Report on lock hospitals in British Burma
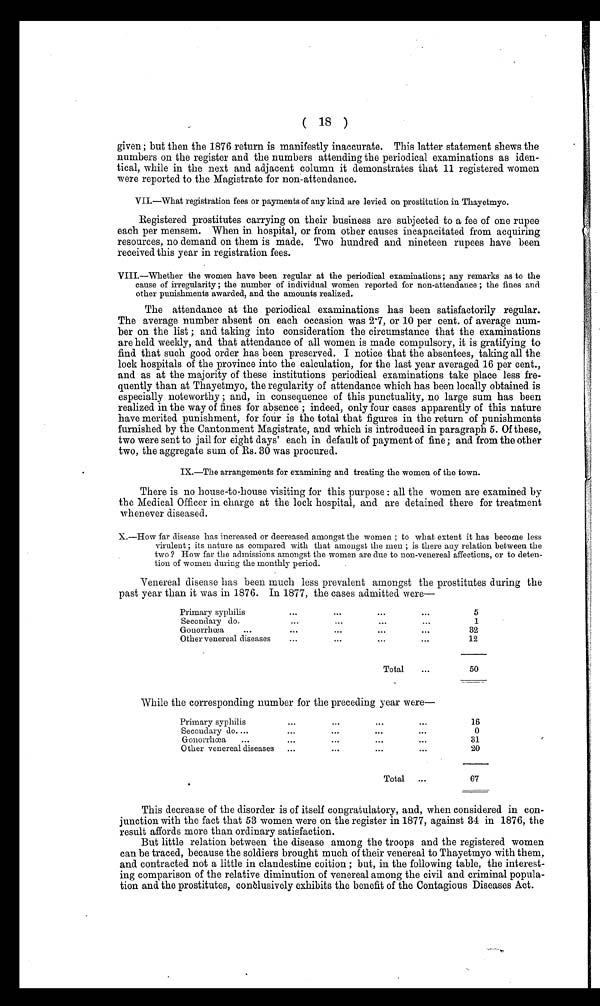
( 18 )
given ; but then the 1876 return is manifestly inaccurate. This latter statement shews the
numbers on the register and the numbers attending the periodical examinations as iden
tical, while in the next and adjacent column it demonstrates that 11 registered women
were reported to the Magistrate for non-attendance.
VII.—What registration fees or payments of any kind are levied on prostitution in Thayetmyo.
Registered prostitutes carrying on their business are subjected to a fee of one rupee
each per mensem. When in hospital, or from other causes incapacitated from acquiring
resources, no demand on them is made. Two hundred and nineteen rupees have been
received this year in registration fees.
VIII.—Whether the women have been regular at the periodical examinations ; any remarks as to the
cause of irregularity ; the number of individual women reported for non-attendance ; the fines and
other punishments awarded, and the amounts realized.
The attendance at the periodical examinations has been satisfactorily regular.
The average number absent on each occasion was 2.7, or 10 per cent. of average num
ber on the list ; and taking into consideration the circumstance that the examinations
are held weekly, and that attendance of all women is made compulsory, it is gratifying to
find that such good order has been preserved. I notice that the absentees, taking all the
lock hospitals of the province into the calculation, for the last year averaged 16 per cent.,
and as at the majority of these institutions periodical examinations take place less fre-
quently than at Thayetmyo, the regularity of attendance which has been locally obtained is
especially noteworthy ; and, in consequence of this punctuality, no large sum has been
realized in the way of fines for absence; indeed, only four cases apparently of this nature
have merited punishment, for four is the total that figures in the return of punishments
furnished by the Cantonment Magistrate, and which is introduced in paragraph 5. Of these,
two were sent to jail for eight days' each in default of payment of fine ; and from the other
two, the aggregate sum of Rs. 30 was procured.
IX.—The arrangements for examining and treating the women of the town.
There is no house-to-house visiting for this purpose : all the women are examined by
the Medical Officer in charge at the lock hospital, and are detained there for treatment
whenever diseased.
X.—How far disease has increased or decreased amongst the women ; to what extent it has become less
virulent • its nature as compared with that amongst the men ; is there any relation between the
two ? How far the admissions amongst the women are due to non-venereal affections, or to deten-
tion of women during the monthly period.
Venereal disease has been much less prevalent amongst the prostitutes during the
past year than it was in 1876. In 1877, the cases admitted were
Primary syphilis
...
...
...
...
5
Secondary do.
. . .
. . .
...
...
1
Gonorrhoea
...
. . .
...
. . . . . .
...
32
Other venereal diseases
...
...
...
...
12
Total
...
50
While the corresponding number for the preceding year were
Primary syphilis
...
...
...
...
16
Secondary do....
...
...
...
...
0
Gonorrhoea ...
...
...
...
. . .
31
Other venereal diseases
...
...
...
...
20
•
Total
...
67
This decrease of the disorder is of itself congratulatory, and, when considered in con
junction with the fact that 53 women were on the register in 1877, against 34 in 1876, the
result affords more than ordinary satisfaction.
But little relation between the disease among the troops and the registered women
can be traced, because the soldiers brought much of their venereal to Thayetmyo with them,
and contracted not a little in clandestine coition ; but, in the following table, the interest
ing comparison of the relative diminution of venereal among the civil and criminal popula
tion and the prostitutes, conclusively exhibits the benefit of the Contagious Diseases Act.